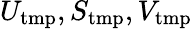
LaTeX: U_{\mathrm{tmp}},S_{\mathrm{tmp}},V_{\mathrm{tmp}}